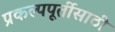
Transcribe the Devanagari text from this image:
प्रकल्पपूर्तीसाठी